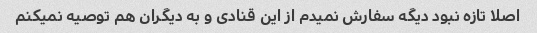
اصلا تازه نبود دیگه سفارش نمیدم از این قنادی و به دیگران هم توصیه نمیکنم